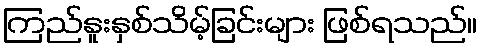
ကြည်နူးနှစ်သိမ့်ခြင်းများ ဖြစ်ရသည်။